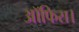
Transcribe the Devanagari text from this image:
आॅफिस।